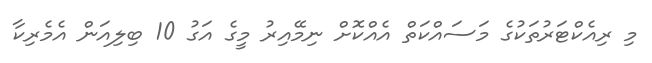
މި ރިއެކްޓަރުތަކުގެ މަސައްކަތް އެއްކޮށް ނިމޭއިރު މީގެ އަގު 10 ބިލިއަން އެމެރިކާ